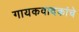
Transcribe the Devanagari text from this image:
गायकवादकांचे